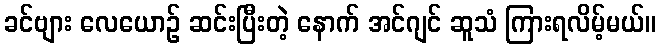
ခင်ဗျား လေယောဉ် ဆင်းပြီးတဲ့ နောက် အင်ဂျင် ဆူသံ ကြားရလိမ့်မယ်။